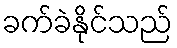
ခက်ခဲနိုင်သည်